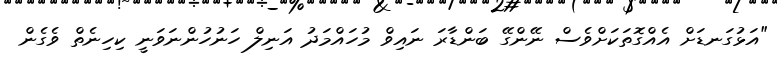
"އަޅުގަނޑަށް އެެއްގޮތަކަށްވެސް ނޭންގޭ ބަންޑާރަ ނައިވް މުހައްމަދު އަނިލް ހަނުހުންނަވަނީ ކިހިނެތް ވެގެން